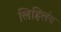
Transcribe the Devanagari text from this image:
लिहिलंय